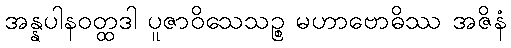
အန္နပါနဝတ္ထဒါ ပူဇာဝိသေသဉ္စ မဟာဗောဓိဿ အဇိနံ